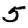
Digit: 5